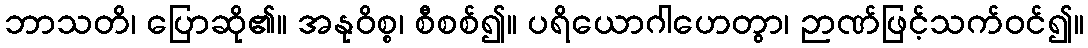
ဘာသတိ၊ ပြောဆို၏။ အနုဝိစ္စ၊ စီစစ်၍။ ပရိယောဂါဟေတွာ၊ ဉာဏ်ဖြင့်သက်ဝင်၍။